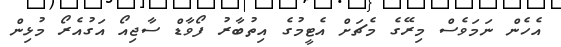
އެހެން ނަމަވެސް މިރޭގެ މެޗަށް އެޓީމުގެ އިތުބާރު ފޯވާޑް ސާޖިއޯ އަގުއެރޯ މުޅިން